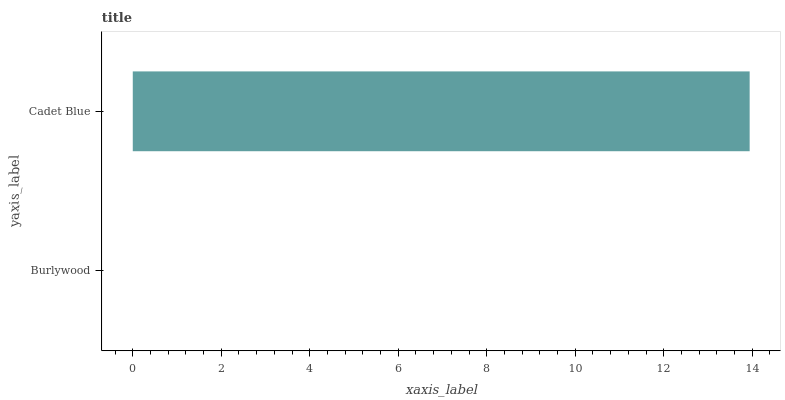
| yaxis_label | bars |
 | --- | --- |
 | Burlywood | 0 |
 | Cadet Blue | 13.9 |